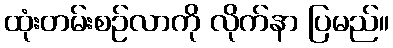
ထုံးတမ်းစဉ်လာကို လိုက်နာ ပြမည်။